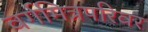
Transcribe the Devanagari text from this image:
वर्गमित्रपरिवर